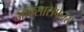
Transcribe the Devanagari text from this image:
ऑक्सासेफेम्स